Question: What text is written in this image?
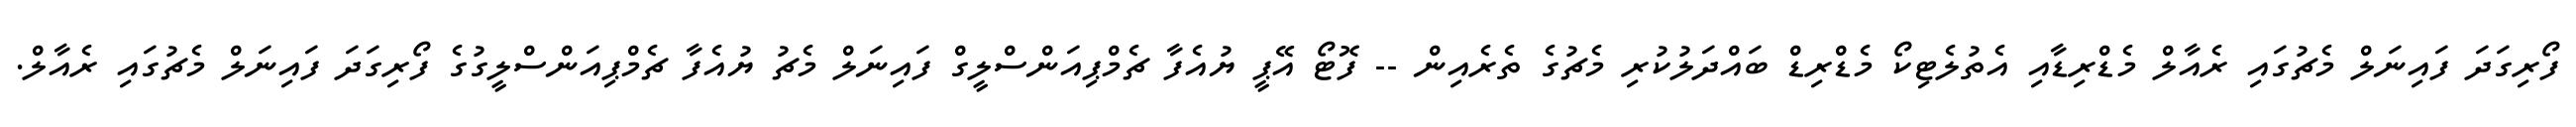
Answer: ފޯރިގަދަ ފައިނަލް މެޗުގައި ރެއާލް މެޑްރިޑާއި އެތުލެޓިކޯ މެޑްރިޑް ބައްދަލުކުރި މެޗުގެ ތެރެއިން -- ފޮޓޯ އޭޕީ ޔުއެފާ ޗެމްޕިއަންސްލީގް ފައިނަލް މެޗު ޔުއެފާ ޗެމްޕިއަންސްލީގުގެ ފޯރިގަދަ ފައިނަލް މެޗުގައި ރެއާލް.